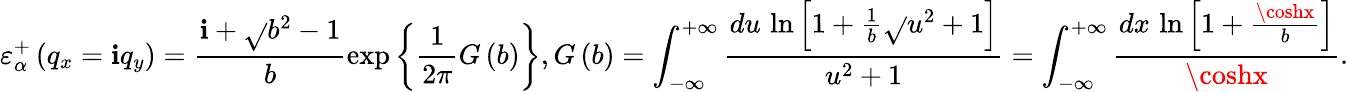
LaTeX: \varepsilon_{\alpha}^{+}\left({{q}_{x}}=\mathbf{i}{{q}_{y}}\right)=\frac{{\mathbf{i}+\sqrt{}{{{{b}^{2}}-1}}}}{{b}}\exp\left\{ \frac{{1}}{{2\pi}}G\left(b\right)\right\} ,G\left(b\right)=\int_{-\infty}^{+\infty}{\frac{{du\, \ln\left[1+\frac{{1}}{{b}}\sqrt{}{{{{u}^{2}}+1}}\right]}}{{{{u}^{2}}+1}}}=\int_{-\infty}^{+\infty}{\frac{{dx\, \ln\left[1+\frac{{\coshx}}{{b}}\right]}}{{\coshx}}}.